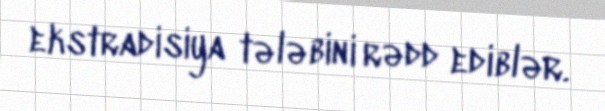
ekstradisiya tələbini rədd ediblər.